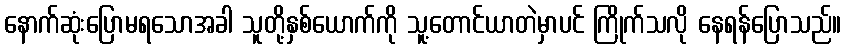
နောက်ဆုံးပြောမရသောအခါ သူတို့နှစ်ယောက်ကို သူ့တောင်ယာတဲမှာပင် ကြိုက်သလို နေရန်ပြောသည်။